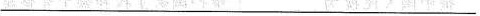
___